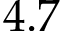
4 . 7